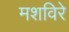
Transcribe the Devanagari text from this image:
मशविरे